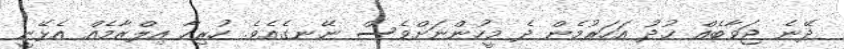
ދޭނެ ޖަވާބެއް ޚުދު އަހަރުމެން ދެ މީހުންނަށްވެސް ނޭނގެއެވެ. ހުރިހާ އިލްޒާމެއް އެޅޭނީ